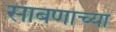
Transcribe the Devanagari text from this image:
साबणाच्या